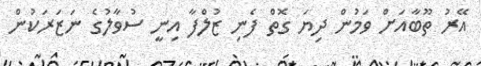
އޭރު ތޫބާއަށް ވަމުން ދިޔަ ގޮތް ފެނި ޒުލްފާ އިނީ ސުވާލުގެ ނަޒަރަކުން